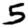
Digit: 5